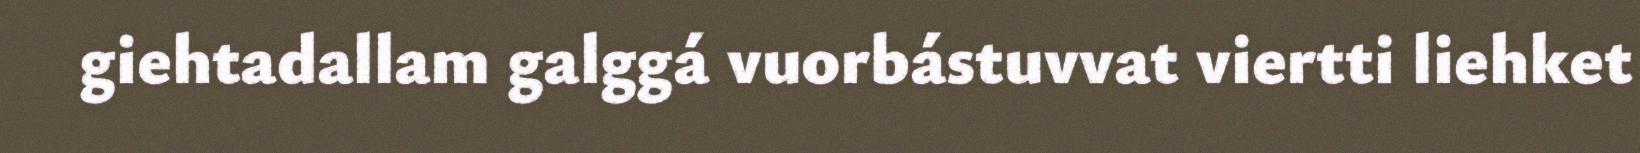
giehtadallam galggá vuorbástuvvat viertti liehket